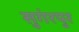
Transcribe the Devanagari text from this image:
सुगंरपुर